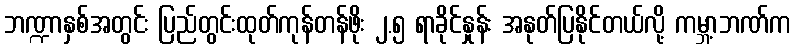
ဘဏ္ဍာနှစ်အတွင်း ပြည်တွင်းထုတ်ကုန်တန်ဖိုး ၂.၅ ရာခိုင်နှုန်း အနုတ်ပြနိုင်တယ်လို့ ကမ္ဘာ့ဘဏ်က